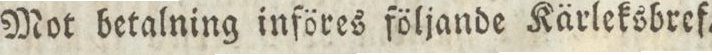
Mot betalning införes följande Kärleksbref.